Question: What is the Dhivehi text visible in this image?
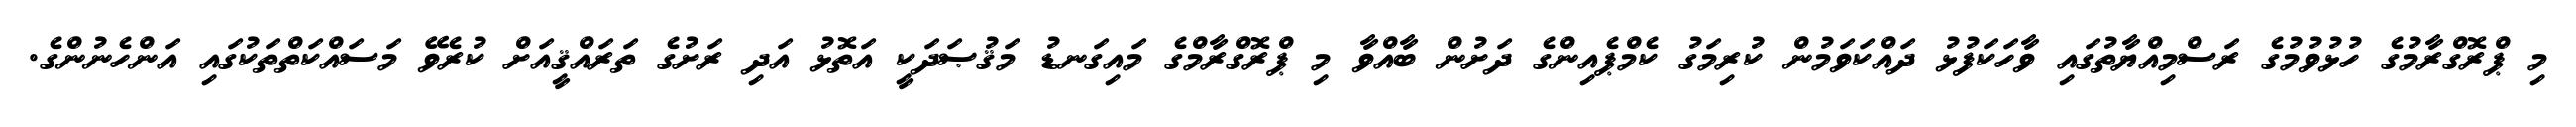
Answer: މި ޕްރޮގްރާމުގެ ހުޅުވުމުގެ ރަސްމިއްޔާތުގައި ވާހަކަފުޅު ދައްކަވަމުން ކުރިމަގު ކެމްޕެއިންގެ ދަށުން ބާއްވާ މި ޕްރޮގްރާމްގެ މައިގަނޑު މަޤުޞަދަކީ އަތޮޅު އަދި ރަށުގެ ތަރައްޤީއަށް ކުރެވޭ މަސައްކަތްތަކުގައި އަންހެނުންގެ.